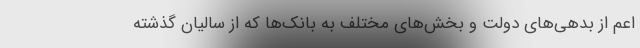
اعم از بدهی‌های دولت و بخش‌های مختلف به بانک‌ها که از سالیان گذشته